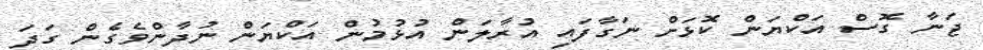
ޖަނާ ގޮސް އަކްޔަން ކޮޅަށް ނަގާފައި އުރާލަން އުޅުމުން އަކްޔަން ނުދާންވެގެން ގަދަ